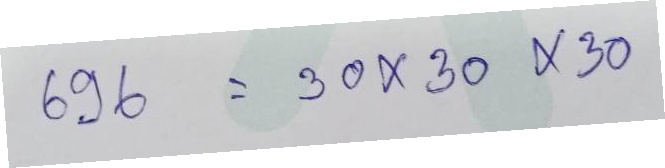
696 = 30x30x30